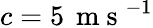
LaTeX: c=5\, \mathrm{~m~s~}^{-1}